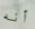
أنه